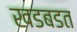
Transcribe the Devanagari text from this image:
खडबडत